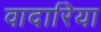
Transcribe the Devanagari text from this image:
वादारिया